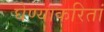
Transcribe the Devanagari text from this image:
घेण्याकरितां